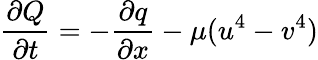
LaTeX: {\frac{\partial Q}{\partial t}}=-{\frac{\partial q}{\partial x}}-\mu(u^{4}-v^{4})